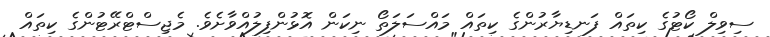
ސިވިލް ކޯޓުގެ ކިތައް ފަނޑިޔާރުންގެ ކިތައް މައްސަލަތޯ ނިކަން އޮޅުންފިލުއްވާށެވެ. މެޖިސްޓްރޭޓުންގެ ކިތައް